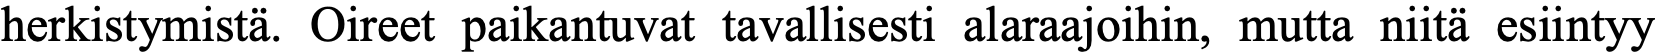
herkistymistä. Oireet paikantuvat tavallisesti alaraajoihin, mutta niitä esiintyy